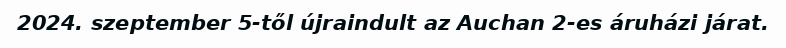
2024. szeptember 5-től újraindult az Auchan 2-es áruházi járat.